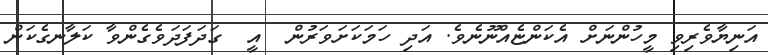
އަނިޔާވެރިވި މީހުންނަށް އެކަންޏެއްނޫނެވެ. އަދި ހަމަކަށަވަރުން  އީ  ގަދަފަދަވެގެންވާ ކަލާނގެކަން